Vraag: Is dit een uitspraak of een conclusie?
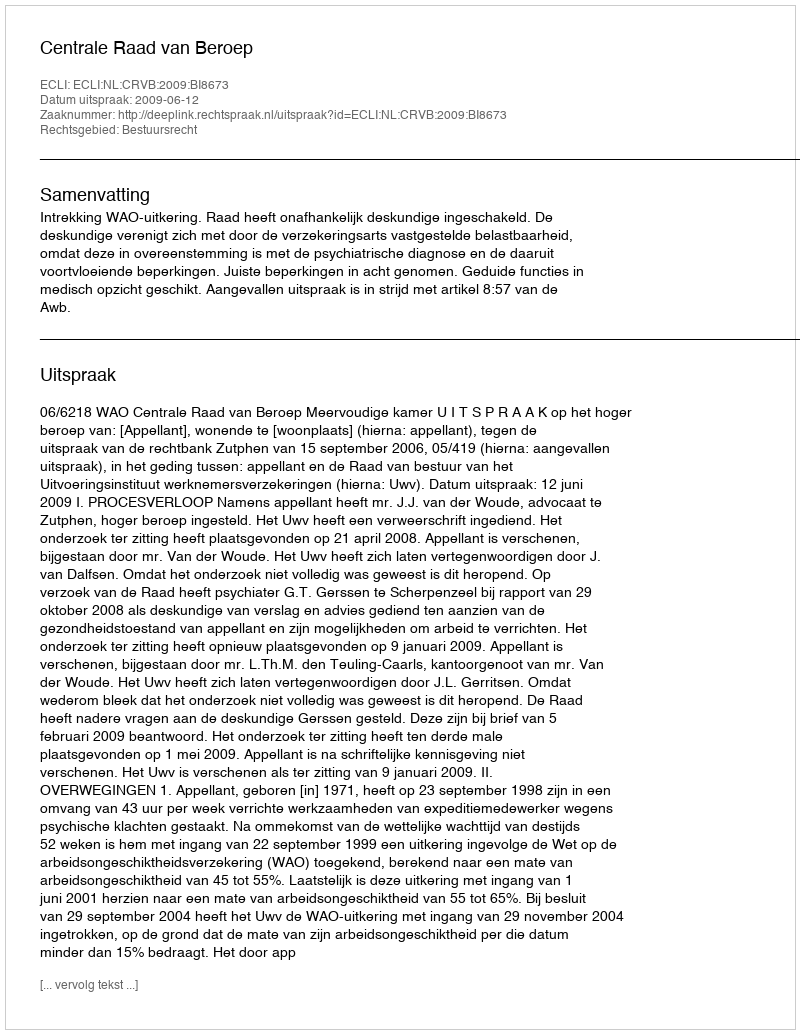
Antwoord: Uitspraak